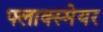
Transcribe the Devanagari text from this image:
फ्लाक्स्मेयर